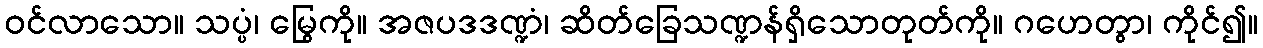
ဝင်လာသော။ သပ္ပံ၊ မြွေကို။ အဇပဒဒဏ္ဍံ၊ ဆိတ်ခြေသဏ္ဍန်ရှိသောတုတ်ကို။ ဂဟေတွာ၊ ကိုင်၍။